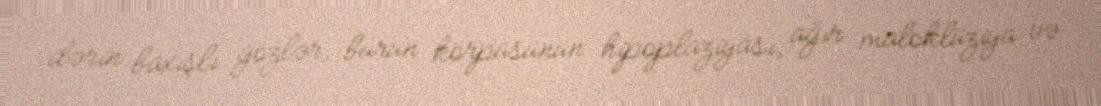
dərin baxışlı gözlər, burun körpüsünün hipoplaziyası, ağır maloklüziya və